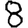
Digit: 8